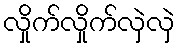
လှိုက်လှိုက်လှဲလှဲ